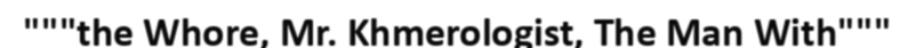
"""the Whore, Mr. Khmerologist, The Man With"""